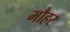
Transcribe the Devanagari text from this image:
मौहर